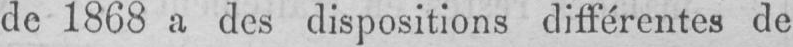
de 1868 a des dispositions différentes de